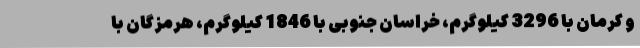
و کرمان با 3296 کیلوگرم، خراسان جنوبی با 1846 کیلوگرم، هرمزگان با